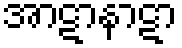
အာဋာနာဋာ